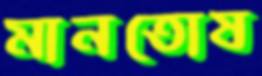
মানতোষ